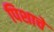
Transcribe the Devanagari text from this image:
पिशाचे